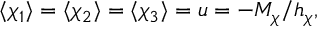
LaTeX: \langle \chi _ { 1 } \rangle = \langle \chi _ { 2 } \rangle = \langle \chi _ { 3 } \rangle = u = - M _ { \chi } / h _ { \chi } ,